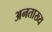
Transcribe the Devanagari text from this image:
अनताख्य